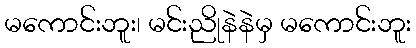
မကောင်းဘူး၊ မင်းညိုနဲနဲမှ မကောင်းဘူး